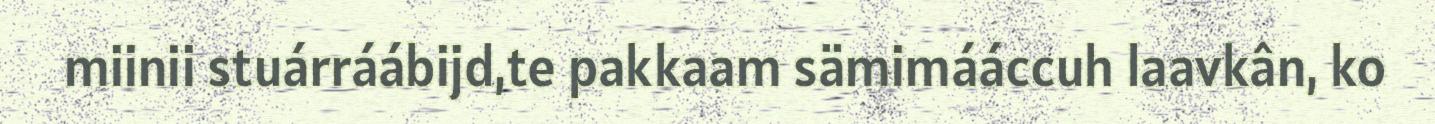
miinii stuárráábijd,te pakkaam sämimááccuh laavkân, ko